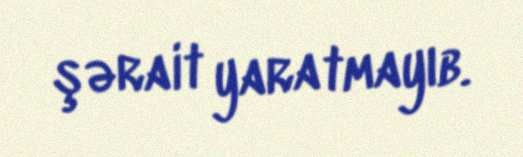
şərait yaratmayıb.